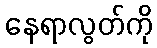
နေရာလွတ်ကို